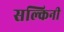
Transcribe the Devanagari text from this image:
सल्किनी